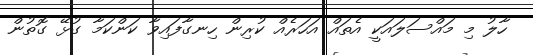
ހާލު މި މައްސަލައަކީ އެތައް އަހަރެއް ކުރިން ހިނގާފައިވާ ކަންކަމާ ގުޅޭ ގޮތުން